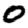
Digit: 0